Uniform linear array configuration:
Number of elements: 8
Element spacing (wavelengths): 0.5
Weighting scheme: uniform
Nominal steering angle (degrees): -15
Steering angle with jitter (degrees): -13.897
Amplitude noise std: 0.05
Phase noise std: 0.05

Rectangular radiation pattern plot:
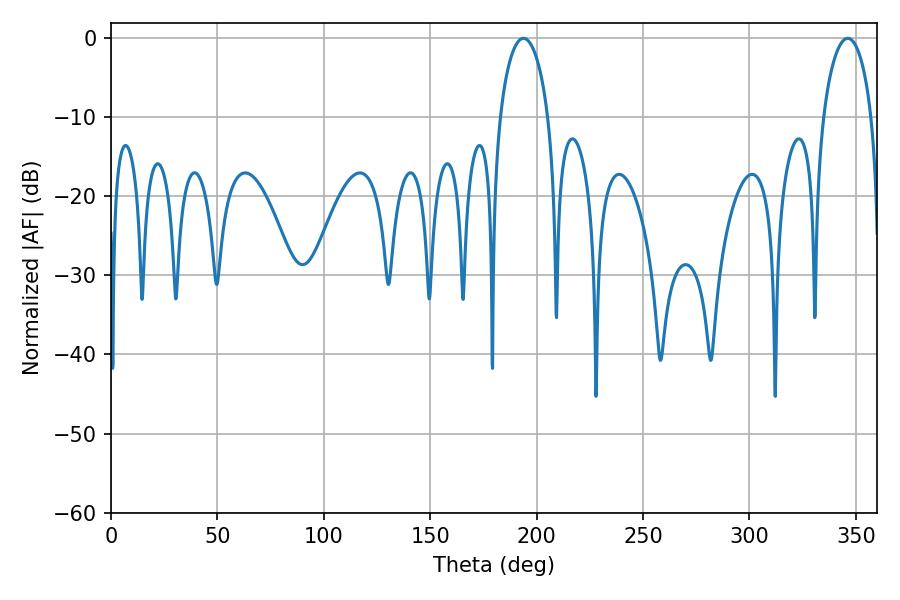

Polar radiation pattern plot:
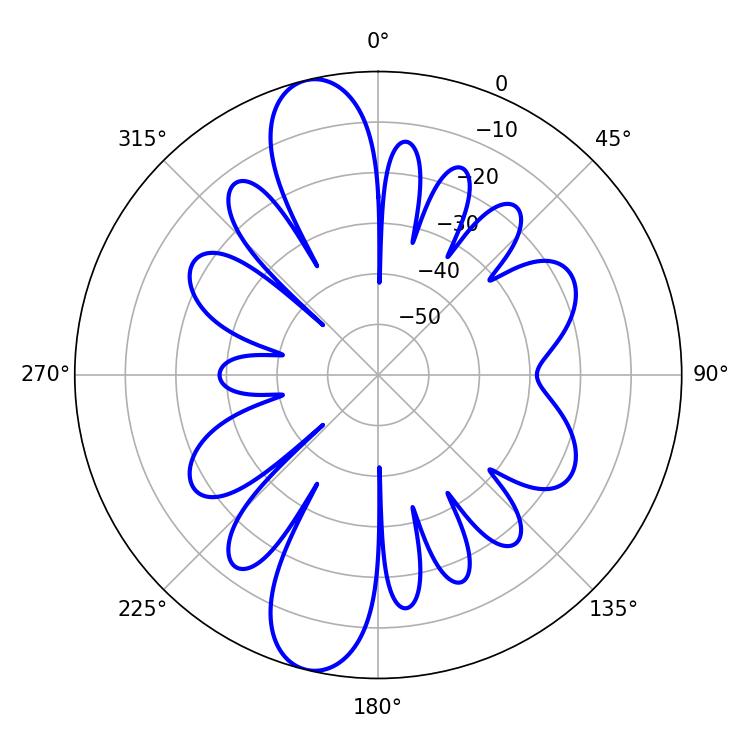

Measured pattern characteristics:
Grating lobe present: FALSE
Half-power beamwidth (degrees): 12.96
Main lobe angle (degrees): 193.86